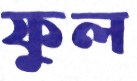
ফুল